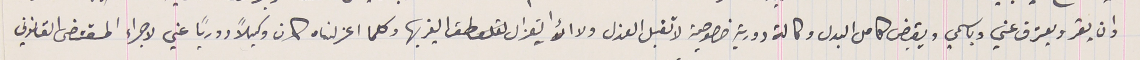
وان يقر و يعرّف عني وباسمي ويقبض كامل البدل وكالة دورية خصوصية لا تقبل العزل ولا إيتعزال الغير بها وكلما اعزلناه كان وكيلاً دورياً عني لاجراء المقتضى القانوني